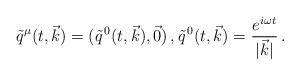
LaTeX: \begin{align*}\tilde{q}^\mu (t, \vec{k}) = (\tilde{q}^{\, 0} (t, \vec{k}), \vec{0} )\, , \tilde{q}^{\, 0} ( t, \vec{k} ) = \frac{e^{i \omega t}}{| \vec{k} |} \, . \end{align*}